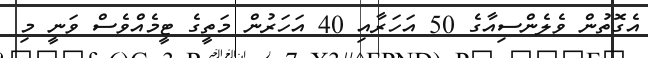
އެގޮތުން ވެލެންސިއާގެ 50 އަހަރާއި 40 އަހަރުން މަތީގެ ޓީމެއްވެސް ވަނީ މި